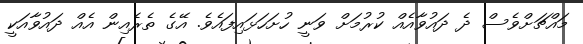
މައްޗަށްވެސް ދެ ދައުވާއެއް ކުރުމަށް ވަނީ ހުށަހަޅައިފައެވެ. އޭގެ ތެރެއިން އެއް ދައުވާއަކީ